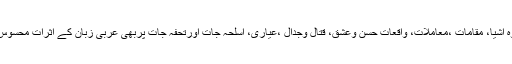
افرادِداستان کے علاوہ اشیا، مقامات ،مُعاملات، واقعاتِ حسن وعشق، قتال وجدال ،عیاری، اَسلحہ جات اورتحفہ جات پربھی عربی زبان کے اثرات محسوس کیے جاسکتے ہیں۔